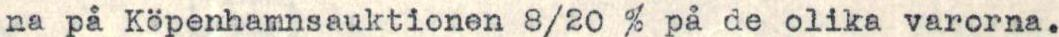
na på Köpenhamnsauktionen 8/20 % på de olika varorna.